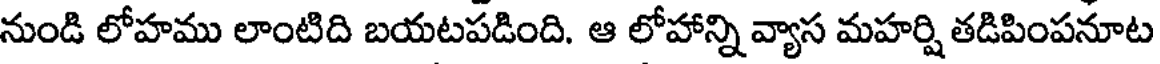
నుండి లోహము లాంటిది బయటపడింది. ఆ లోహాన్ని వ్యాస మహర్షి తడిపింపనూట